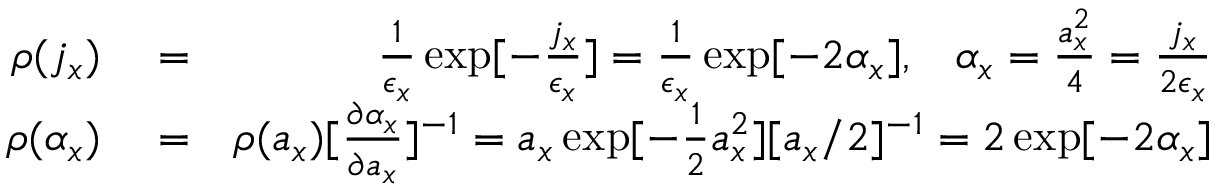
\begin{array} { r l r } { \rho ( j _ { x } ) } & { { } = } & { \frac { 1 } { \epsilon _ { x } } \exp [ - \frac { j _ { x } } { \epsilon _ { x } } ] = \frac { 1 } { \epsilon _ { x } } \exp [ - 2 \alpha _ { x } ] , \; \; \; \alpha _ { x } = \frac { a _ { x } ^ { 2 } } { 4 } = \frac { j _ { x } } { 2 \epsilon _ { x } } } \\ { \rho ( \alpha _ { x } ) } & { { } = } & { \rho ( a _ { x } ) [ \frac { \partial \alpha _ { x } } { \partial a _ { x } } ] ^ { - 1 } = a _ { x } \exp [ - \frac { 1 } { 2 } a _ { x } ^ { 2 } ] [ a _ { x } / 2 ] ^ { - 1 } = 2 \exp [ - 2 \alpha _ { x } ] } \end{array}